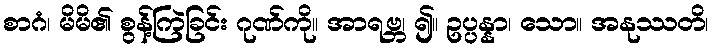
စာဂံ၊ မိမိ၏ စွန့်ကြဲခြင်း ဂုဏ်ကို။ အာရဗ္ဘ၊ ၍။ ဥပ္ပန္နာ၊ သော။ အနုဿတိ၊